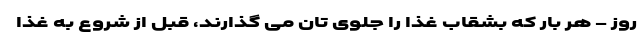
روز - هر بار که بشقاب غذا را جلوی تان می گذارند، قبل از شروع به غذا